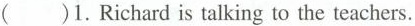
( )1.Richard is talking to the teachers.